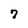
Character: 7